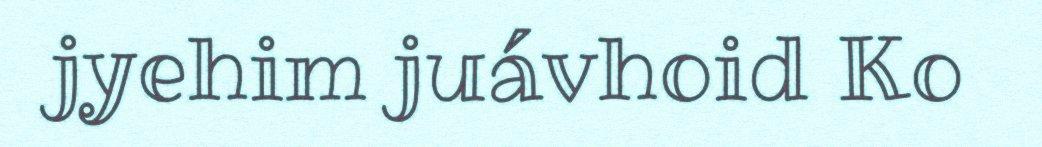
jyehim juávhoid Ko